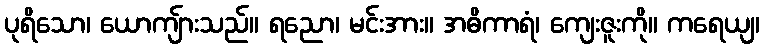
ပုရိသော၊ ယောကျ်ားသည်။ ရညော၊ မင်းအား။ အဓိကာရံ၊ ကျေးဇူးကို။ ကရေယျ၊